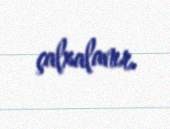
çalxalanır.